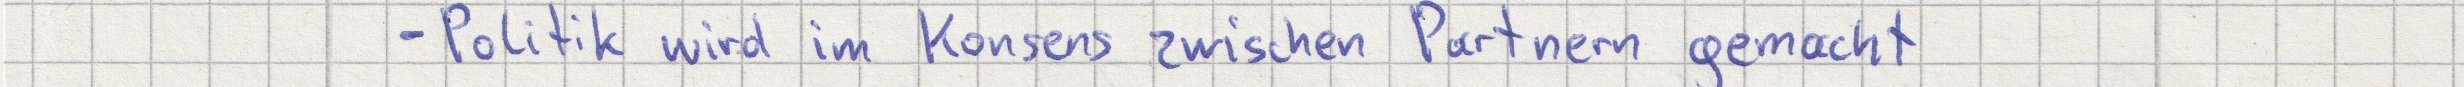
- Politik wird im Konsens zwischen Partnern gemacht